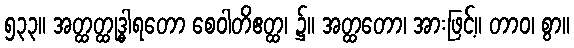
၅၃၃။ အတ္ထတ္ထုဒ္ဓါရတော စေဝါတိဧတ္ထ၊ ၌။ အတ္ထတော၊ အားဖြင့်။ တာဝ၊ စွာ။